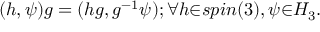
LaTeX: ( h , \psi ) g = ( h g , g ^ { - 1 } \psi ) ; { \forall } h { \in } s p i n ( 3 ) , \psi { \in } { \cal H } _ { 3 } .